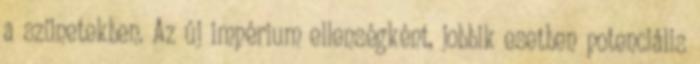
a szünetekben. Az új impérium ellenségként, jobbik esetben potenciális